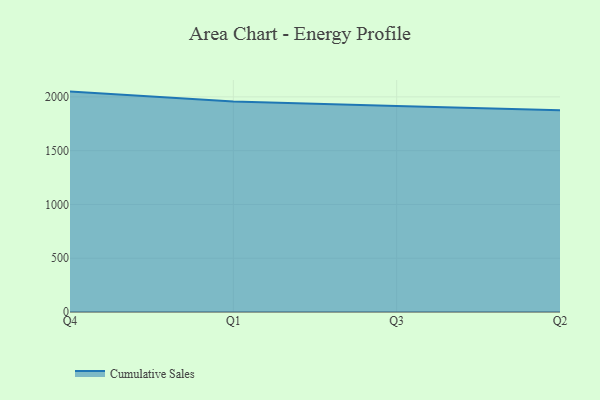
{"axis": {"x": "Quarter", "y": "Satisfaction Score"}, "legend": ["Cumulative Sales"], "data": [{"x": "Q4", "y": 2049.3, "type": "Cumulative Sales"}, {"x": "Q1", "y": 1958.0, "type": "Cumulative Sales"}, {"x": "Q3", "y": 1915.2, "type": "Cumulative Sales"}, {"x": "Q2", "y": 1875.1, "type": "Cumulative Sales"}]}